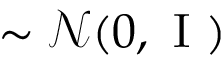
\sim \mathcal { N } ( 0 , \mathrm { ~ I ~ } )